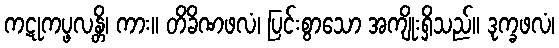
ကဋုကပ္ဖလန္တိ၊ ကား။ တိခိဏဖလံ၊ ပြင်းစွာသော အကျိုးရှိသည်။ ဒုက္ခဖလံ၊